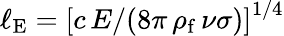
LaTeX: \ell_{\mathrm{E}}=\left[c\, E/(8\pi\, \rho_{\mathrm{f}}\, \nu\sigma)\right]^{1/4}